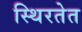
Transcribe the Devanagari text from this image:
स्थिरतेत